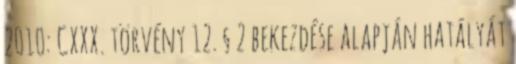
2010: CXXX. törvény 12. § 2 bekezdése alapján hatályát